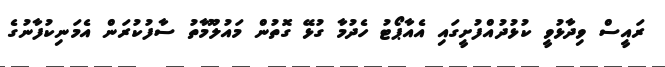
ރައީސް ވިދާޅުވީ ކުޅުދުއްފުށީގައި އެއާޕޯޓު ހެދުމާ ގުޅޭ ގޮތުން މައުލޫމާތު ސާފުކުރަން އެމަނިކުފާނުގެ